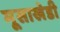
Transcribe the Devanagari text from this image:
मूसाखेडी